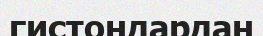
гистондардан